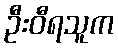
ဦးဝီရသူက